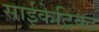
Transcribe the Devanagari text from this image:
साईकेट्रिक्ट